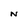
Character: N